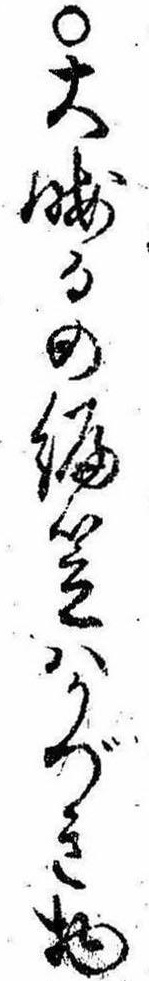
○大晦日の編笠はかづき物